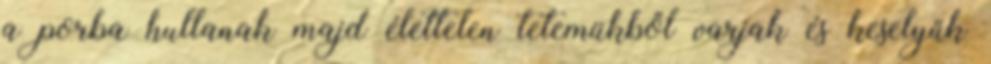
a porba hullanak majd élettelen tetemükből varjak és keselyűk